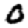
Digit: 0